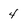
Character: 4